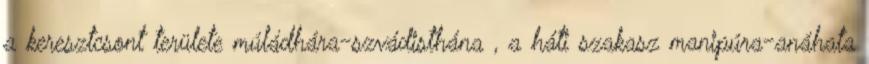
a keresztcsont területe múládhára-szvádisthána , a háti szakasz manipúra-anáhata